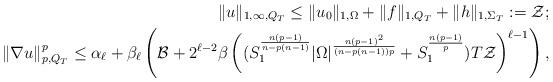
LaTeX: \begin{align*}\|u\|_{1,\infty,Q_T} \leq \|u_0\|_{1,\Omega}+\|f\|_{1,Q_T}+\|h \|_{1,\Sigma_T} := \mathcal{Z};\\ \|\nabla u\|_{p,Q_T}^p \leq \alpha_\ell +\beta_\ell\left(\mathcal{B} +2^{\ell-2}\beta\left((S_{1}^{n(p-1)\over n-p(n-1)}|\Omega|^{n(p-1)^2\over (n-p(n-1))p}+S_{1}^{n(p-1)\over p})T\mathcal{Z}\right)^{\ell-1}\right),\end{align*}